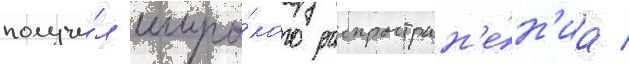
получи́л широ́кого распростран'е́н'иа /